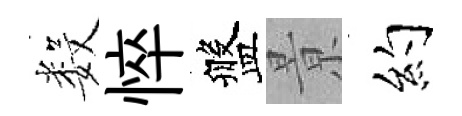
数悴盤㬌约